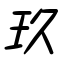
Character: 玖